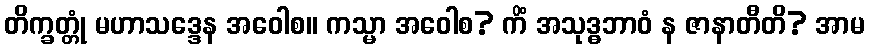
တိက္ခတ္တုံ မဟာသဒ္ဒေန အဝေါစ။ ကသ္မာ အဝေါစ? ကိံ အသုဒ္ဓဘာဝံ န ဇာနာတီတိ? အာမ